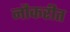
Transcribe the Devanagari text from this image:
नौकरीत